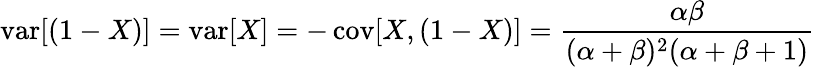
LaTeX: \operatorname{var}[(1-X)]=\operatorname{var}[X]=-\operatorname{cov}[X,(1-X)]={\frac{\alpha\beta}{(\alpha+\beta)^{2}(\alpha+\beta+1)}}